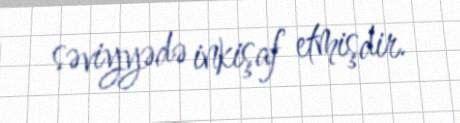
səviyyədə inkişaf etmişdir.